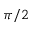
\pi / 2